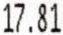
17.81